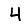
Digit: 4